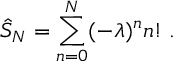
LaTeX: \hat { S } _ { N } = \sum _ { n = 0 } ^ { N } ( - \lambda ) ^ { n } n ! \; .